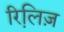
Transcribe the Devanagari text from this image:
रिलि़ज़